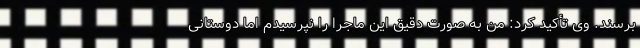
برسند. وی تأکید کرد: من به صورت دقیق این ماجرا را نپرسیدم اما دوستانی